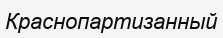
Краснопартизанный